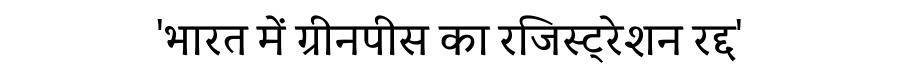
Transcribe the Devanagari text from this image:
'भारत में ग्रीनपीस का रजिस्ट्रेशन रद्द'